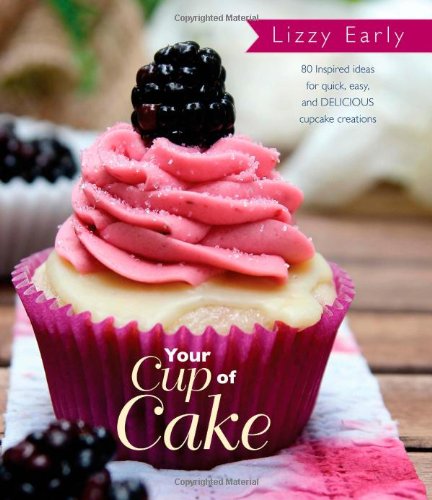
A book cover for Your Cup of Cake; Lizzy Early; Cookbooks, Food & Wine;